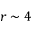
r \sim 4